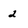
Character: 2